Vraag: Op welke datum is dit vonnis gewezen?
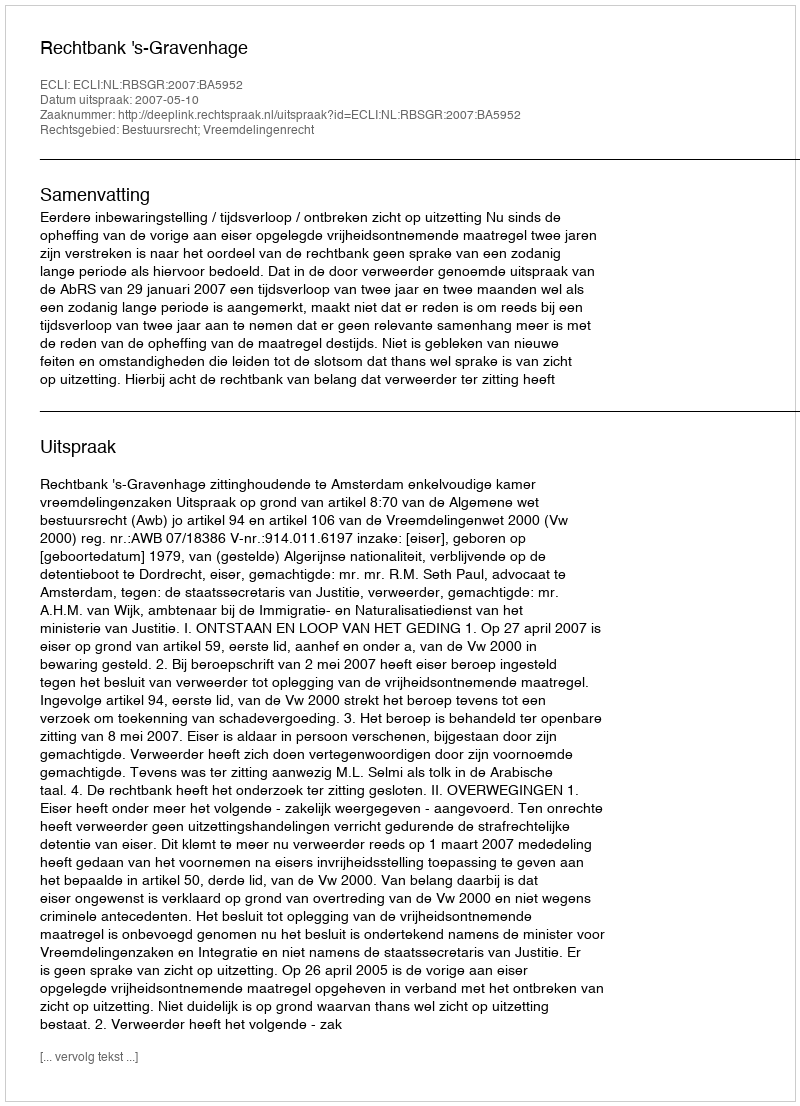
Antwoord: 2007-05-10